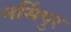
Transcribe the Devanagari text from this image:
नर्सिपुर